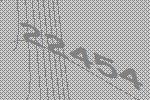
22454